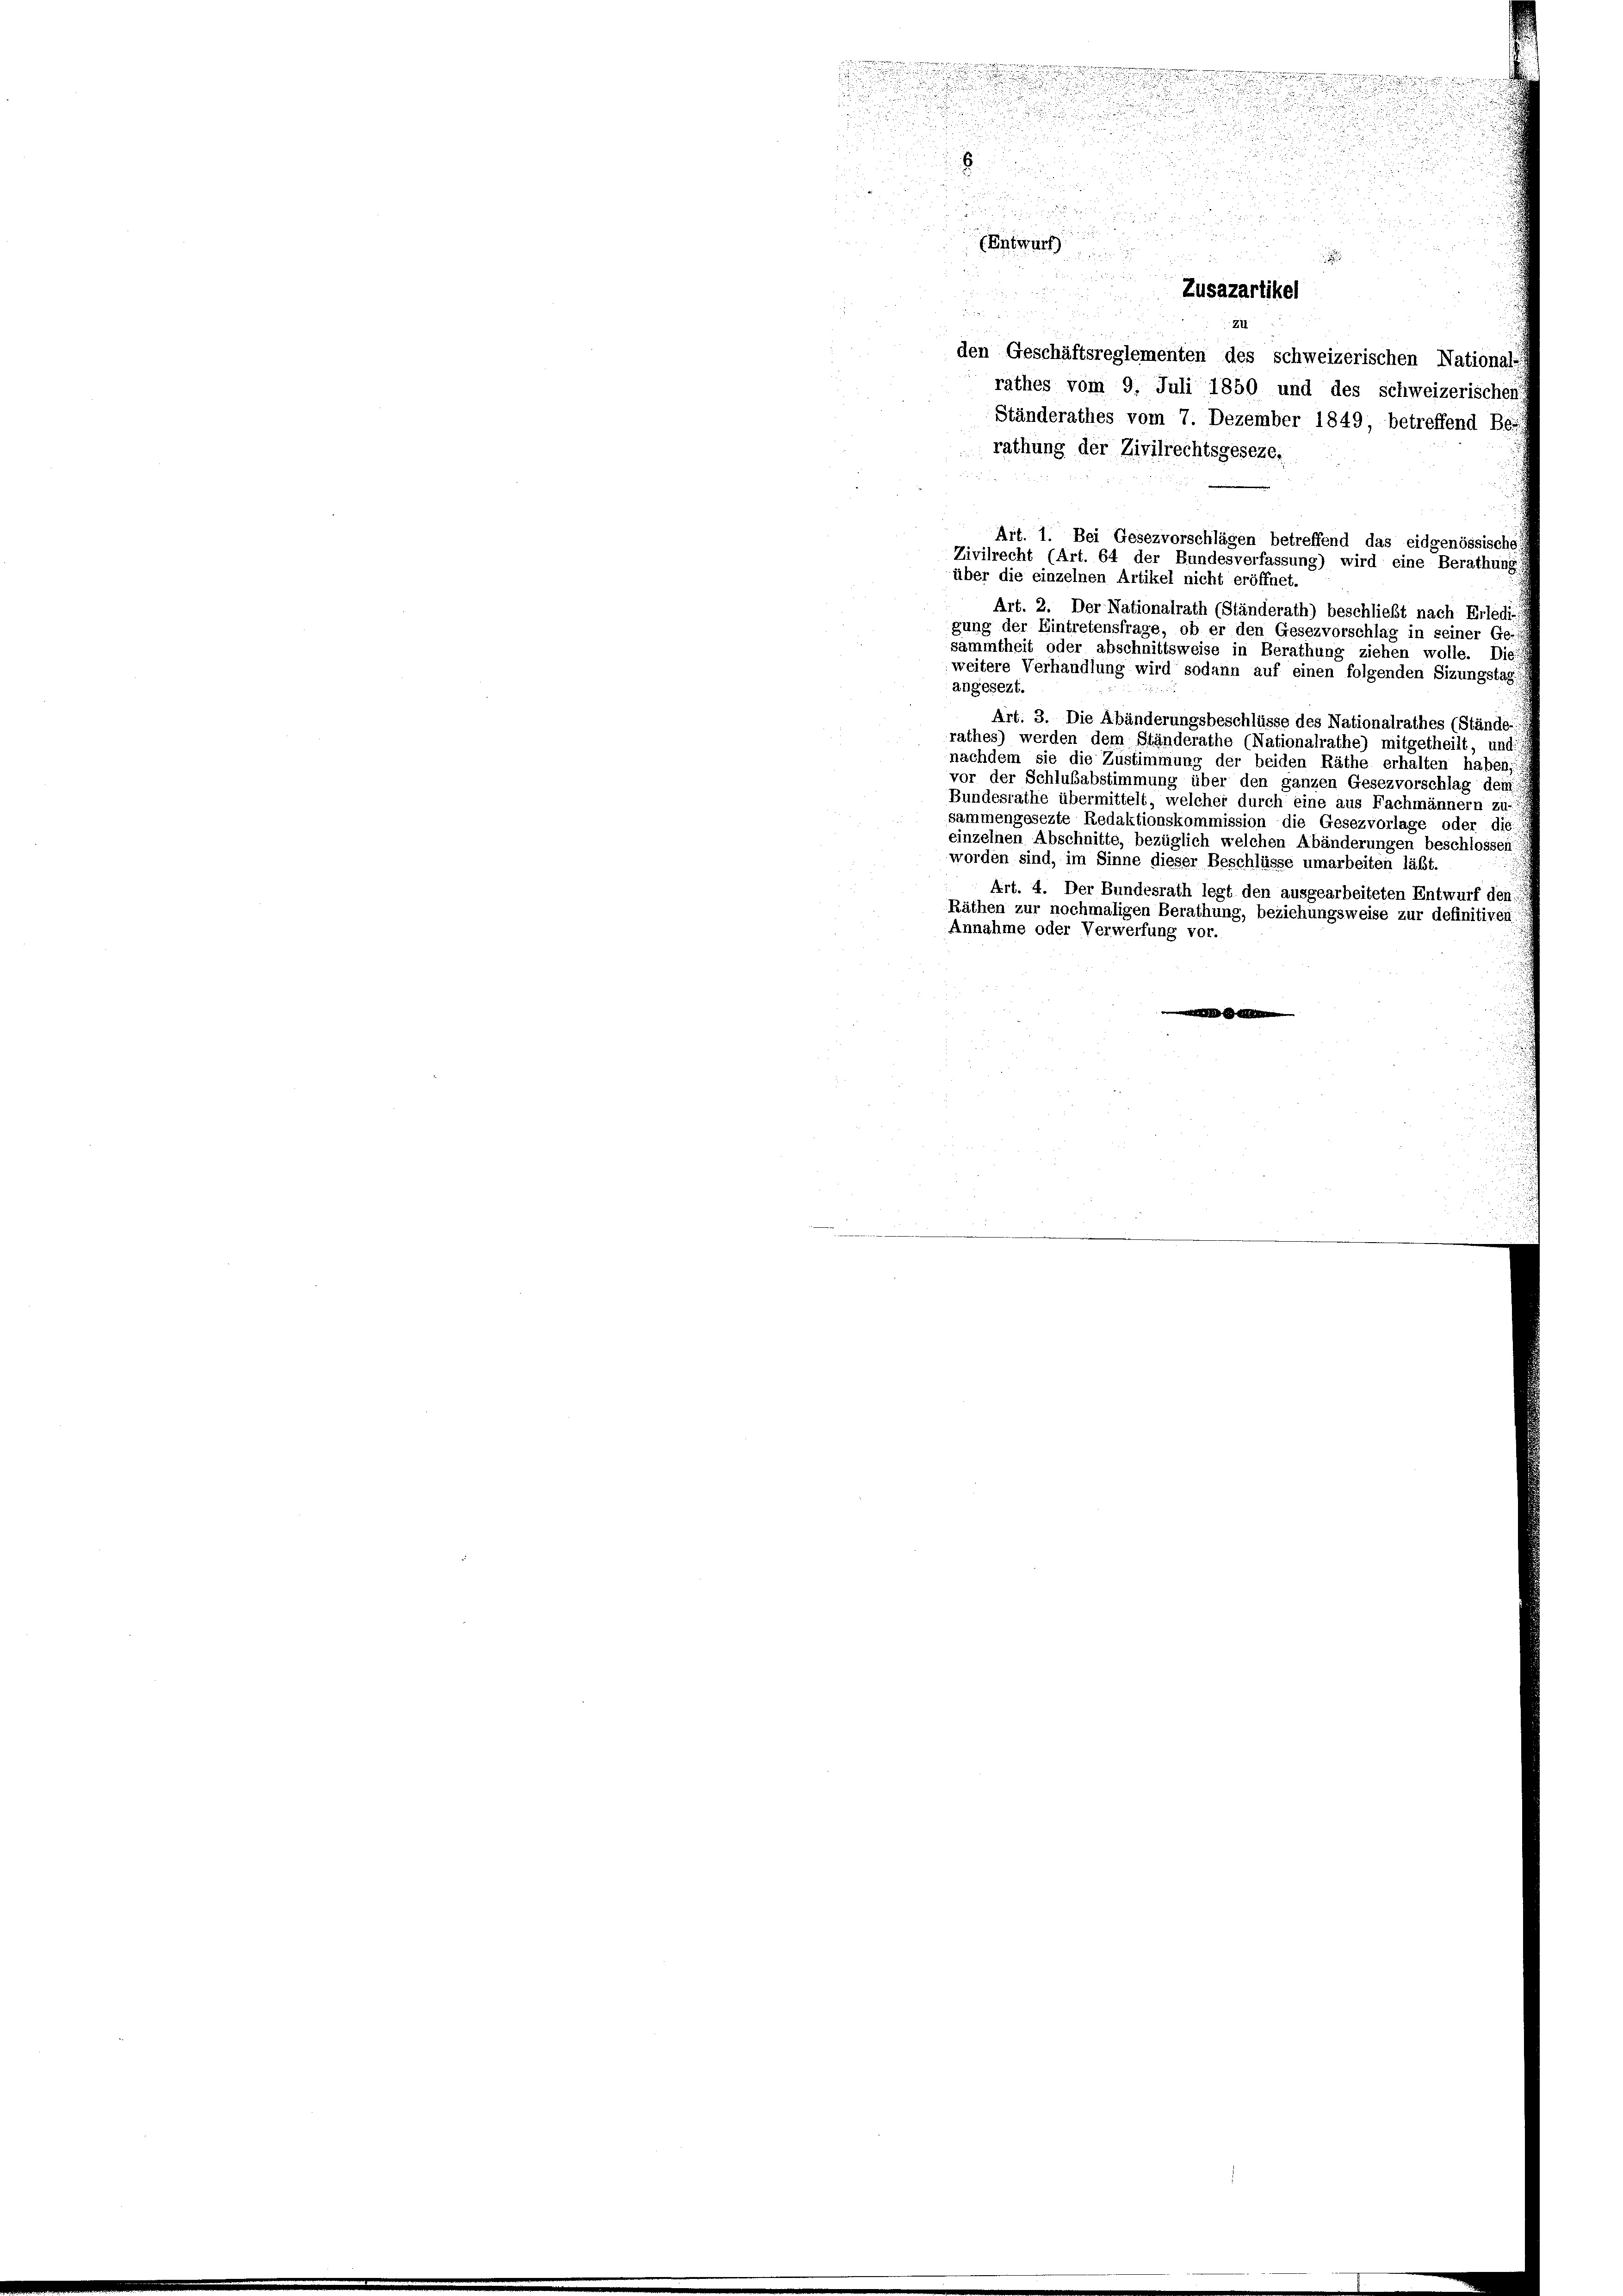
den Geschäftsreglementen des schweizerischen National-
rathes vom 9. Juli 1850 und des schweizerischen
Ständerathes vom 7. Dezember 1849, betreffend Bei
rathung der Zivilrechtsgeseze.

Art. 1. Bei Gesezvorschlägen betreffend das eidgenössische
Zivilrecht (Art. 64 der Bundesverfassung) wird eine Berathung z
über die einzelnen Artikel nicht eröffnet.
Art. 2. Der Nationalrath (Ständerath) beschließt nach Erledi-
gung der Eintretensfrage, ob er den Gesezvorschlag in seiner Ge-
sammtheit oder abschnittsweise in Berathung ziehen wolle. Die
weitere Verhandlung wird sodann auf einen folgenden Sizungstag
angesezt.
Art. 3. Die Abänderungsbeschlüsse des Nationalrathes (Stände
rathes) werden dem Ständerathe (Nationalrathe) mitgetheilt, und
nachdem sie die Zustimmung der beiden Räthe erhalten haben,
vor der Schlußabstimmung über den ganzen Gesezvorschlag dem
Bundesrathe übermittelt, welcher durch eine aus Fachmännern zu
sammengesezte Redaktionskommission die Gesezvorlage oder die
einzelnen Abschnitte, bezüglich welchen Abänderungen beschlossen:
worden sind, im Sinne dieser Beschlüsse umarbeiten läßt.
Art. 4. Der Bundesrath legt den ausgearbeiteten Entwurf den
Räthen zur nochmaligen Berathung, beziehungsweise zur definitiven
Annahme oder Verwerfung vor.

u

.

 xx
.

Etwa

Zusazartikel
ZII